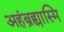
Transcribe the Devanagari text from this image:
अहंब्रह्यास्मि